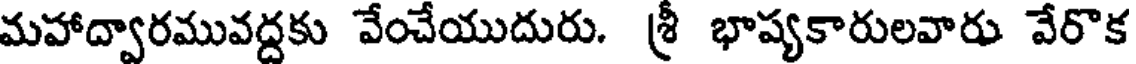
మహాద్వారమువద్దకు వేంచేయుదురు. శ్రీ భాష్యకారులవారు వేరొక